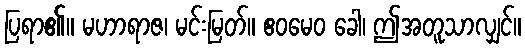
ပြရာ၏။ မဟာရာဇ၊ မင်းမြတ်။ ဧဝမေဝ ခေါ၊ ဤအတူသာလျှင်။